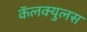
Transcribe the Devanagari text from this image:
कॅलक्युलस